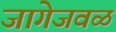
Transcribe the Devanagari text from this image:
जागेजवळ